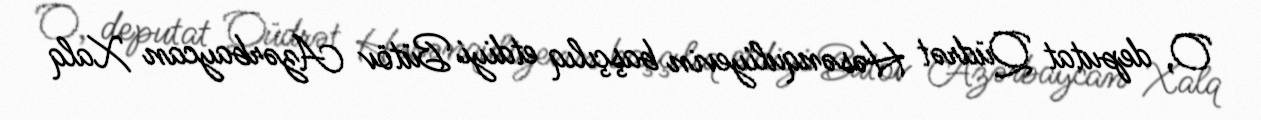
O, deputat Qüdrət Həsənquliyevin başçılıq etdiyi Bütöv Azərbaycan Xalq